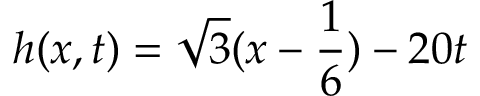
h ( x , t ) = \sqrt { 3 } ( x - \frac { 1 } { 6 } ) - 2 0 t